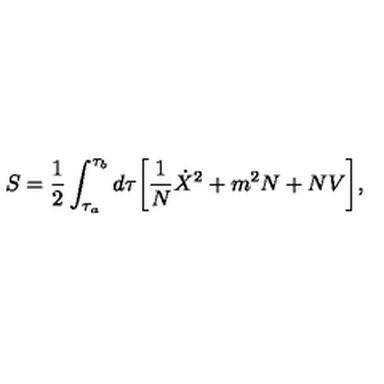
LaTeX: S = { \frac { 1 } { 2 } } \int _ { \tau _ { a } } ^ { \tau _ { b } } d \tau \biggl [ { \frac { 1 } { N } } { \dot { X } } ^ { 2 } + m ^ { 2 } N + N V \biggr ] ,